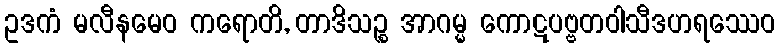
ဥဒကံ မလီနမေဝ ကရောတိ, တာဒိသဉ္စ အာဂမ္မ ကောဋပဗ္ဗတဝါသီဒဟရဿေဝ